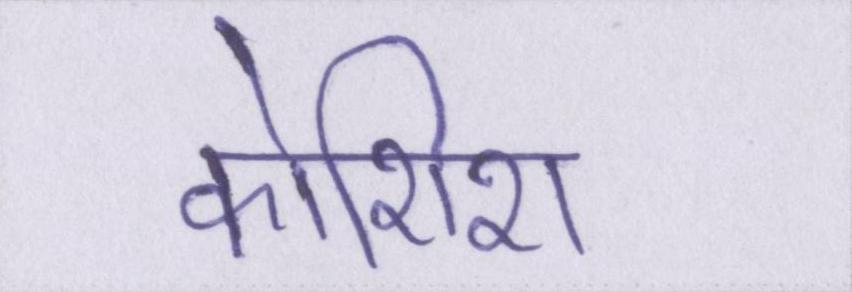
कोशिश